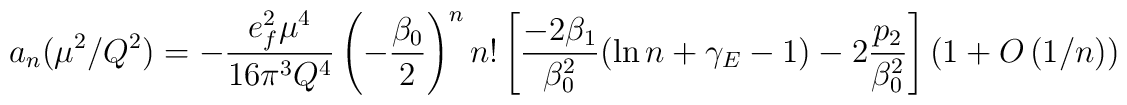
a_{n}(\mu^{2}/Q^{2})= -\frac{ e_{f}^{2} \mu^{4}}{16 \pi^{3} Q^{4}} \left( - \frac{\beta_{0}}{2}\right)^{n} n! \left[\frac{- 2 \beta_{1}}{\beta_{0}^{2}} ( \ln n + \gamma_{E} -1) -2 \frac{p_{2}}{\beta_{0}^{2}}\right] \left( 1 + O \left(1/n\right)\right)